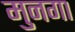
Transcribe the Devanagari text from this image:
मुनगा